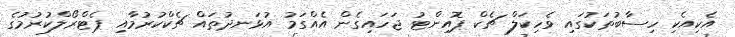
އެކިއެކި ހިސާބުތަކުގައި ވެހިކަލް ޗެކް ޕޮއިންޓު ޖަހައިގެން އެއްގަމު އުޅަނދުތައް ޗެކްކުރުމާއި ޕެޓްރޯލްކުރުމުގެ